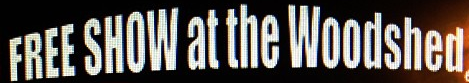
FREE SHOW at the Woodshed